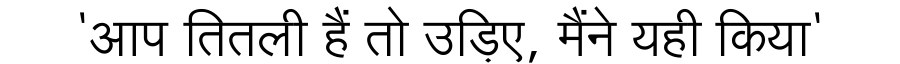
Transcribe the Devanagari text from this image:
'आप तितली हैं तो उड़िए, मैंने यही किया'